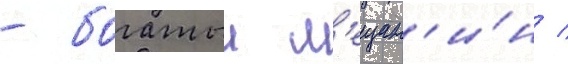
- богатыи м'ещан'и́н /